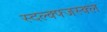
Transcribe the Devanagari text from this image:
स्दल्क्फ्जस्क्ल